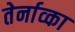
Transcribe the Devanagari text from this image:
तेर्नाव्का